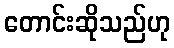
တောင်းဆိုသည်ဟု